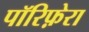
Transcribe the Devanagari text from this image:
पॉरिफ़ेरा